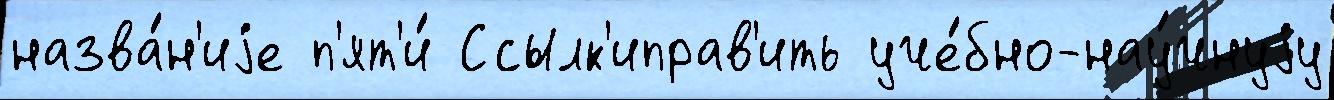
назва́н'иjе п'ят'и́ Ссылк'иправ'ить уче́бно-нау́чнуjу